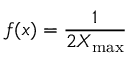
f ( x ) = { \frac { 1 } { 2 X _ { \operatorname* { m a x } } } }